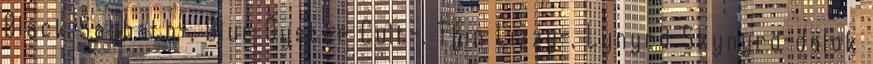
Black Sabbath-, Blue Öyster Cult-, Thin Lizzy-, Lynyrd Skynyrd-dalok